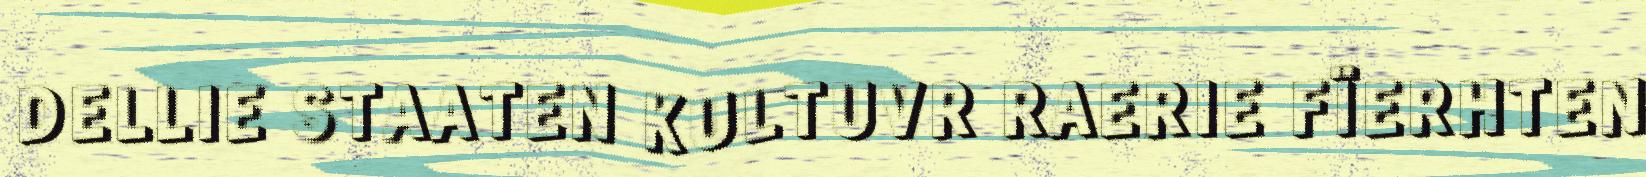
DELLIE STAATEN KULTUVR RAERIE FÏERHTEN